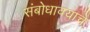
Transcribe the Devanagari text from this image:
संबोधावयाचे